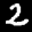
Label: 2